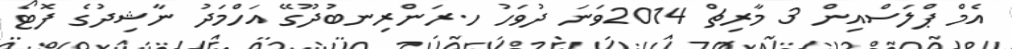
އެމް ޕްލަސްއިން 3 މާރިޗް 2014ވަނަ ދުވަހު ހ.ރަންރިނބުދޫގޭ އަހްމަދު ނާޝިދުގެ ފޮޓޯ